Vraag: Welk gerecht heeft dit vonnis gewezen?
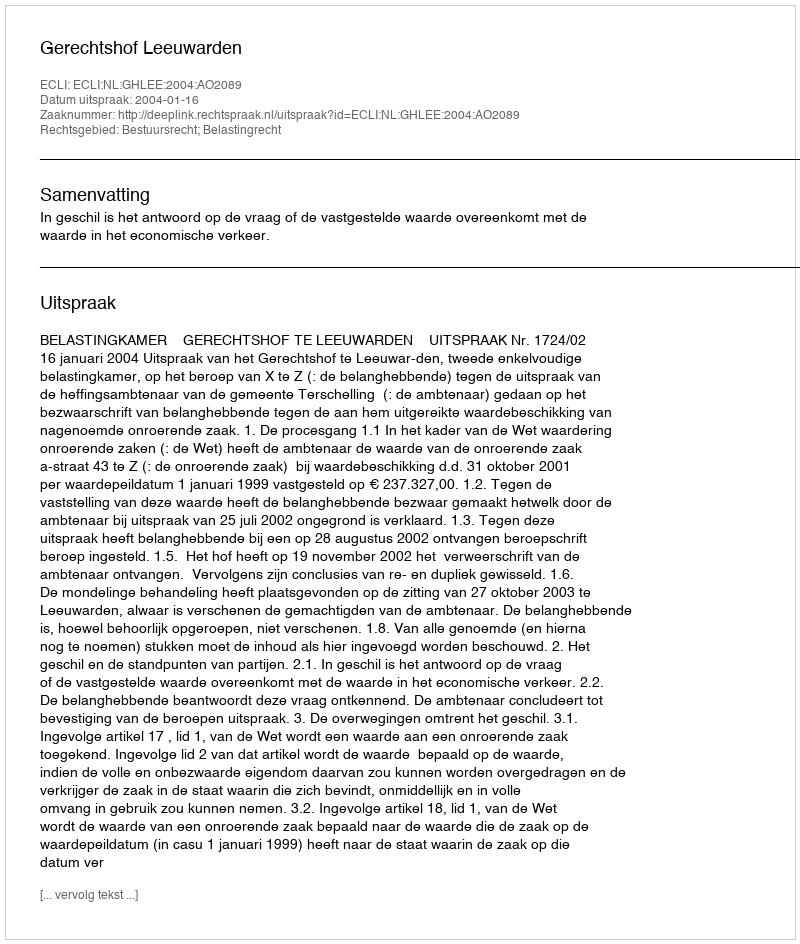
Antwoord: Gerechtshof Leeuwarden